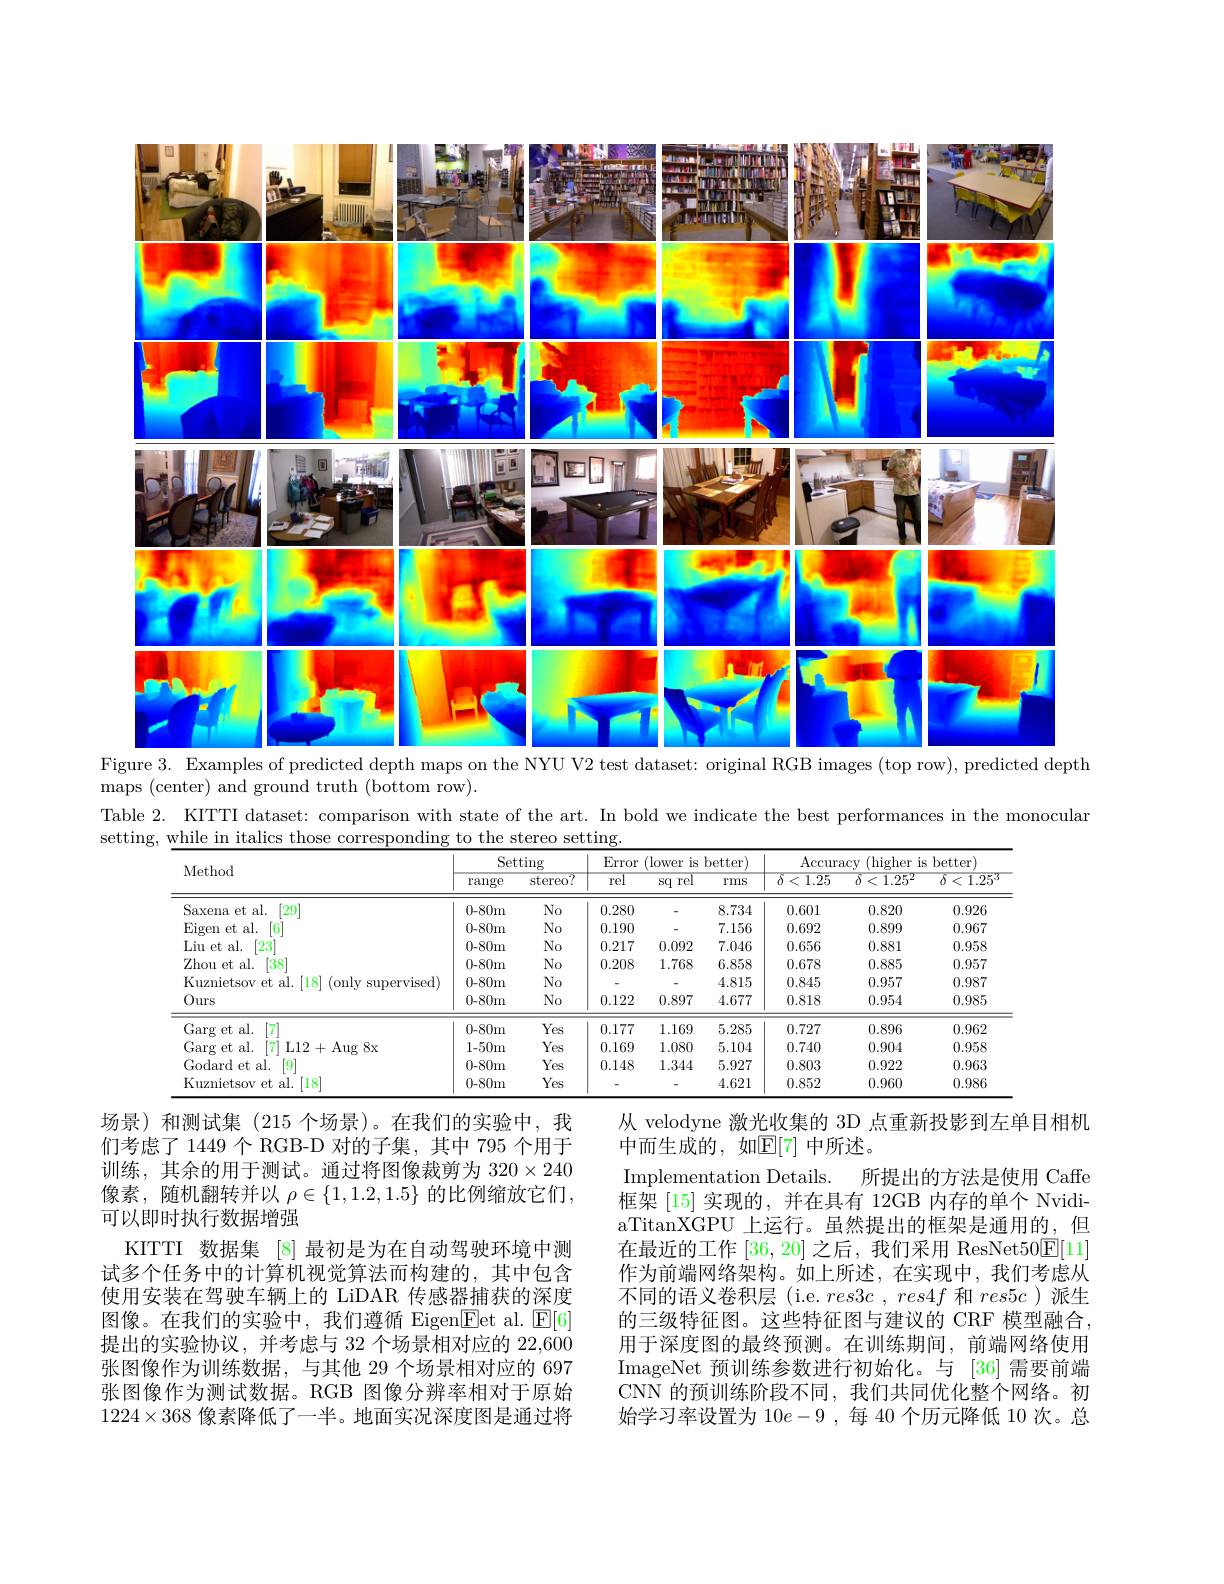
<FigureHere>
maps ( center) and ground truth ( bottom row) .

Table 2. KITTI dataset: comparison with state of the art. In bold we indicate the best performances in the monocular
setting, while in italics those corresponding to the stereo setting
<table>
	<tbody>
		<tr>
			<th rowspan="2">Method</th>
			<th colspan="2">Setting</th>
			<th colspan="3">Error (lower is better)</th>
			<th colspan="3">$\operatorname{Accuracy}$ (higher is better)</th>
		</tr>
		<tr>
			<th>range</th>
			<th>stereo?</th>
			<th>$\overline{\text{rel}}$</th>
			<th>rel Sq</th>
			<th>rms</th>
			<th>${\delta<1.25}$</th>
			<th>$\delta<1.25^{2}$</th>
			<th>1.25 $\delta<$</th>
		</tr>
		<tr>
			<td>Saxena et al. $\left[29\right]$</td>
			<td>0-80m</td>
			<td>No</td>
			<td>0.280</td>
			<td>-</td>
			<td>8.734</td>
			<td>0.601</td>
			<td>0.820</td>
			<td>0.926</td>
		</tr>
		<tr>
			<td>Eigen et al. [6]</td>
			<td>0-80m</td>
			<td>$No$</td>
			<td>0.190</td>
			<td> </td>
			<td>7.156</td>
			<td>0.692</td>
			<td>0.899</td>
			<td>0.967</td>
		</tr>
		<tr>
			<td>Liu et al. [23]</td>
			<td>0-80m</td>
			<td>$No$</td>
			<td>0.217</td>
			<td>0.092</td>
			<td>7.046</td>
			<td>0.656</td>
			<td>0.881</td>
			<td>0.958</td>
		</tr>
		<tr>
			<td>Zhou et al. $138^{\prime}$</td>
			<td>0-80m</td>
			<td>$No$</td>
			<td>0.208</td>
			<td>1.768</td>
			<td>6.858</td>
			<td>0.678</td>
			<td>0.885</td>
			<td>0.957</td>
		</tr>
		<tr>
			<td>Kuznietsov et al. [18] (only supervised)</td>
			<td>0-80m</td>
			<td>$No$</td>
			<td> </td>
			<td> </td>
			<td>4.815</td>
			<td>0.845</td>
			<td>0.957</td>
			<td>0.987</td>
		</tr>
		<tr>
			<td>Ours</td>
			<td>$0-80m$</td>
			<td>$No$</td>
			<td>0.122</td>
			<td>0.897</td>
			<td>4.677</td>
			<td>0.818</td>
			<td>0.954</td>
			<td>0.985</td>
		</tr>
		<tr>
			<td>Garg et al. 7</td>
			<td>0-80m</td>
			<td>Yes</td>
			<td>0.177</td>
			<td>1.169</td>
			<td>5.285</td>
			<td>0.727</td>
			<td>0.896</td>
			<td>0.962</td>
		</tr>
		<tr>
			<td>Garg et al. L12+ Aug 8x 1/2</td>
			<td>1-50m</td>
			<td>Yes</td>
			<td>0.169</td>
			<td>1.080</td>
			<td>5.104</td>
			<td>0.740</td>
			<td>0.904</td>
			<td>0.958</td>
		</tr>
		<tr>
			<td>Godard et al. $\lceil9\rceil$</td>
			<td>0-80m</td>
			<td>Yes</td>
			<td>0.148</td>
			<td>1.344</td>
			<td>5.927</td>
			<td>0.803</td>
			<td>0.922</td>
			<td>0.963</td>
		</tr>
		<tr>
			<td>Kuznietsov et al. [18]</td>
			<td>0-80m</td>
			<td>Yes</td>
			<td> </td>
			<td> </td>
			<td>4.621</td>
			<td>0.852</td>
			<td>0.960</td>
			<td>0.986</td>
		</tr>
	</tbody>
</table>

场景)和测试集(215 个场景)。在我们的实验中，我们考虑了1449个 RGB-D 对的子集，其中 795 个用于训练，其余的用于测试。通过将图像裁剪为$320\times240$ 像素，随机翻转并以 $\rho\in\{1,1.2,1.5\}$ 的比例缩放它们， 可以即时执行数据增强
KITTI 数据集 [8] 最初是为在自动驾驶环境中测试多个任务中的计算机视觉算法而构建的，其中包含使用安装在驾驶车辆上的 LiDAR 传感器捕获的深度图像。在我们的实验中，我们遵循 Eigen$\boxed{\mathrm{Eet~al.~}\mathrm{E[6]}}$ 提出的实验协议，并考虑与 32 个场景相对应的 22,600张图像作为训练数据，与其他 29 个场景相对应的 697张图像作为测试数据。RGB 图像分辨率相对于原始$1224\times368$像素降低了一半。地面实况深度图是通过将

从 velodyne 激光收集的 3D 点重新投影到左单目相机
中而生成的，如$\mathbb{E}[7]$ 中所述。
Implementation Details. 所提出的方法是使用 Caffe 框架[15]实现的，并在具有 12GB 内存的单个 NvidiaTitanXGPU 上运行。虽然提出的框架是通用的，但在最近的工作[36,20]之后，我们采用 ResNet50$\boxed{\mathrm{F}}[11]$ 作为前端网络架构。如上所述，在实现中，我们考虑从不同的语义卷积层 (i.e. $res3c,res4f$和$res5c$)派生的三级特征图。这些特征图与建议的 CRF 模型融合用于深度图的最终预测。在训练期间，前端网络使用ImageNet 预训练参数进行初始化。与[36]需要前端CNN 的预训练阶段不同，我们共同优化整个网络。初始学习率设置为 10e-9 ,每 40 个历元降低 10 次。总